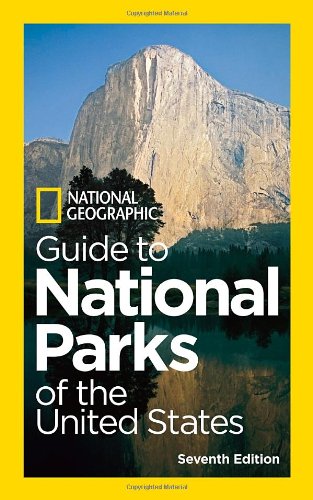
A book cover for National Geographic Guide to National Parks of the United States, 7th Edition (National Geographic Guide to the National Parks of the United States); National Geographic; Science & Math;